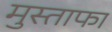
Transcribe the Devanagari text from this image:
मुस्ताफा